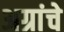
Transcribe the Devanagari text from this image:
अग्रांचे